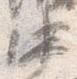
中